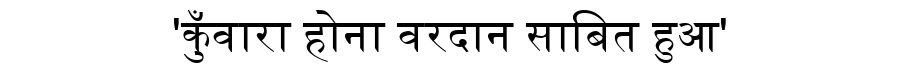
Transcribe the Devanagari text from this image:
'कुँवारा होना वरदान साबित हुआ'